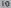
Text: 10